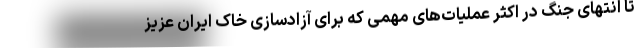
تا انتهای جنگ در اکثر عملیات‌های مهمی که برای آزادسازی خاک ایران عزیز